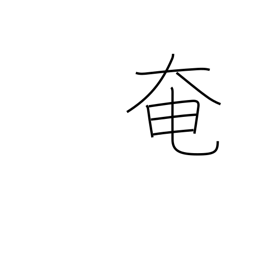
Meaning: obstruct